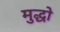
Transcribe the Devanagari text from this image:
मुद्धो